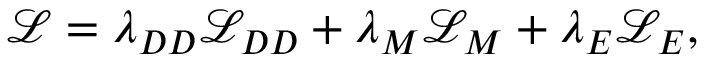
\mathcal { L } = \lambda _ { D D } \mathcal { L } _ { D D } + \lambda _ { M } \mathcal { L } _ { M } + \lambda _ { E } \mathcal { L } _ { E } ,